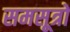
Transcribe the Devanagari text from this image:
समसूत्रों